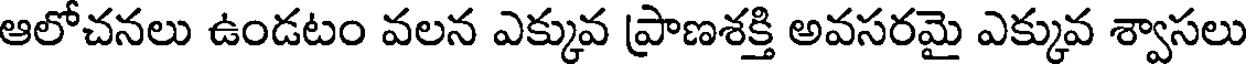
ఆలోచనలు ఉండటం వలన ఎక్కువ ప్రాణశక్తి అవసరమై ఎక్కువ శ్వాసలు